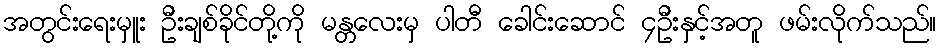
အတွင်းရေးမှူး ဦးချစ်ခိုင်တို့ကို မန္တလေးမှ ပါတီ ခေါင်းဆောင် ၄ဦးနှင့်အတူ ဖမ်းလိုက်သည်။